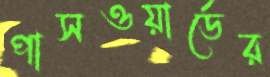
পাসওয়ার্ডের